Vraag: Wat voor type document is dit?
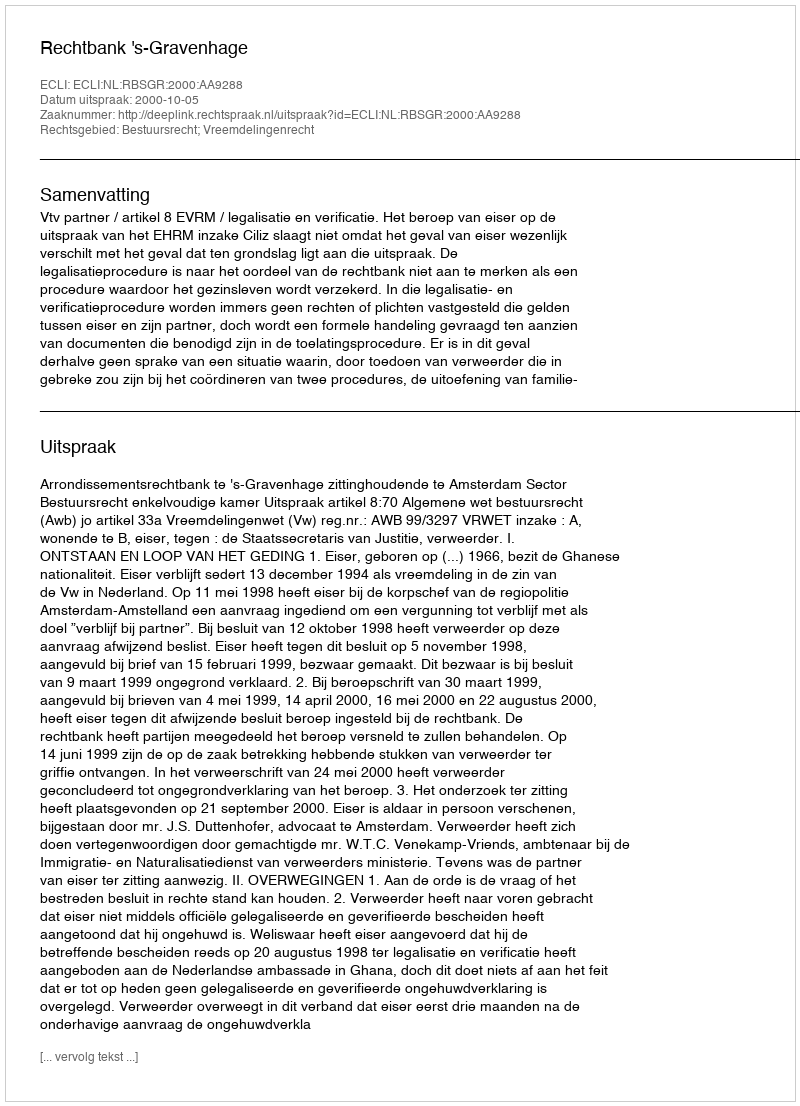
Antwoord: Uitspraak